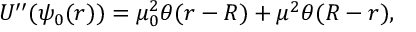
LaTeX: U ^ { \prime \prime } ( \psi _ { 0 } ( r ) ) = \mu _ { 0 } ^ { 2 } \theta ( r - R ) + \mu ^ { 2 } \theta ( R - r ) ,